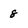
Character: 8